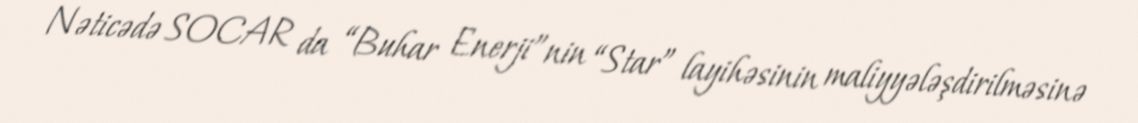
Nəticədə SOCAR da “Buhar Enerji”nin “Star” layihəsinin maliyyələşdirilməsinə